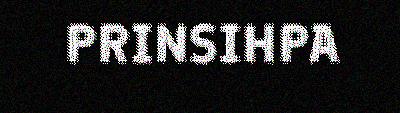
PRINSIHPA